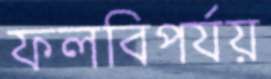
ফলবিপর্যয়